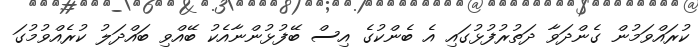
ކުރައްވަމުން ގެންދަވާ ދަތުރުފުޅުގައި އެ ބެންކުގެ އިސް ބޭފުޅުންނާއެކު ބޭއްވި ބައްދަލު ކުރެއްވުމުގަ